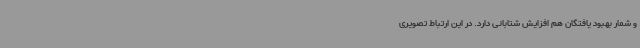
و شمار بهبود یافتگان هم افزایش شتابانی دارد. در این ارتباط تصویری